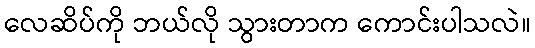
လေဆိပ်ကို ဘယ်လို သွားတာက ကောင်းပါသလဲ။